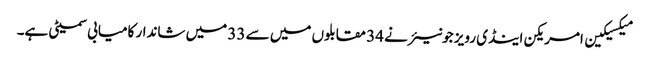
میکسیکین امریکن اینڈی رویز جونیئر نے 34 مقابلوں میں سے 33 میں شاندار کامیابی سمیٹی ہے۔